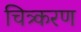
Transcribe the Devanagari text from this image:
चित्र्करण